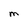
Character: M